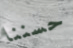
حسننا